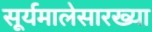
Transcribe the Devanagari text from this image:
सूर्यमालेसारख्या